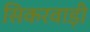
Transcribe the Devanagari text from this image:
सिकरवाड़ी